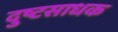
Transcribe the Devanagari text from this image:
दुष्टसाधक